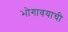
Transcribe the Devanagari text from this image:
भोगावयाची